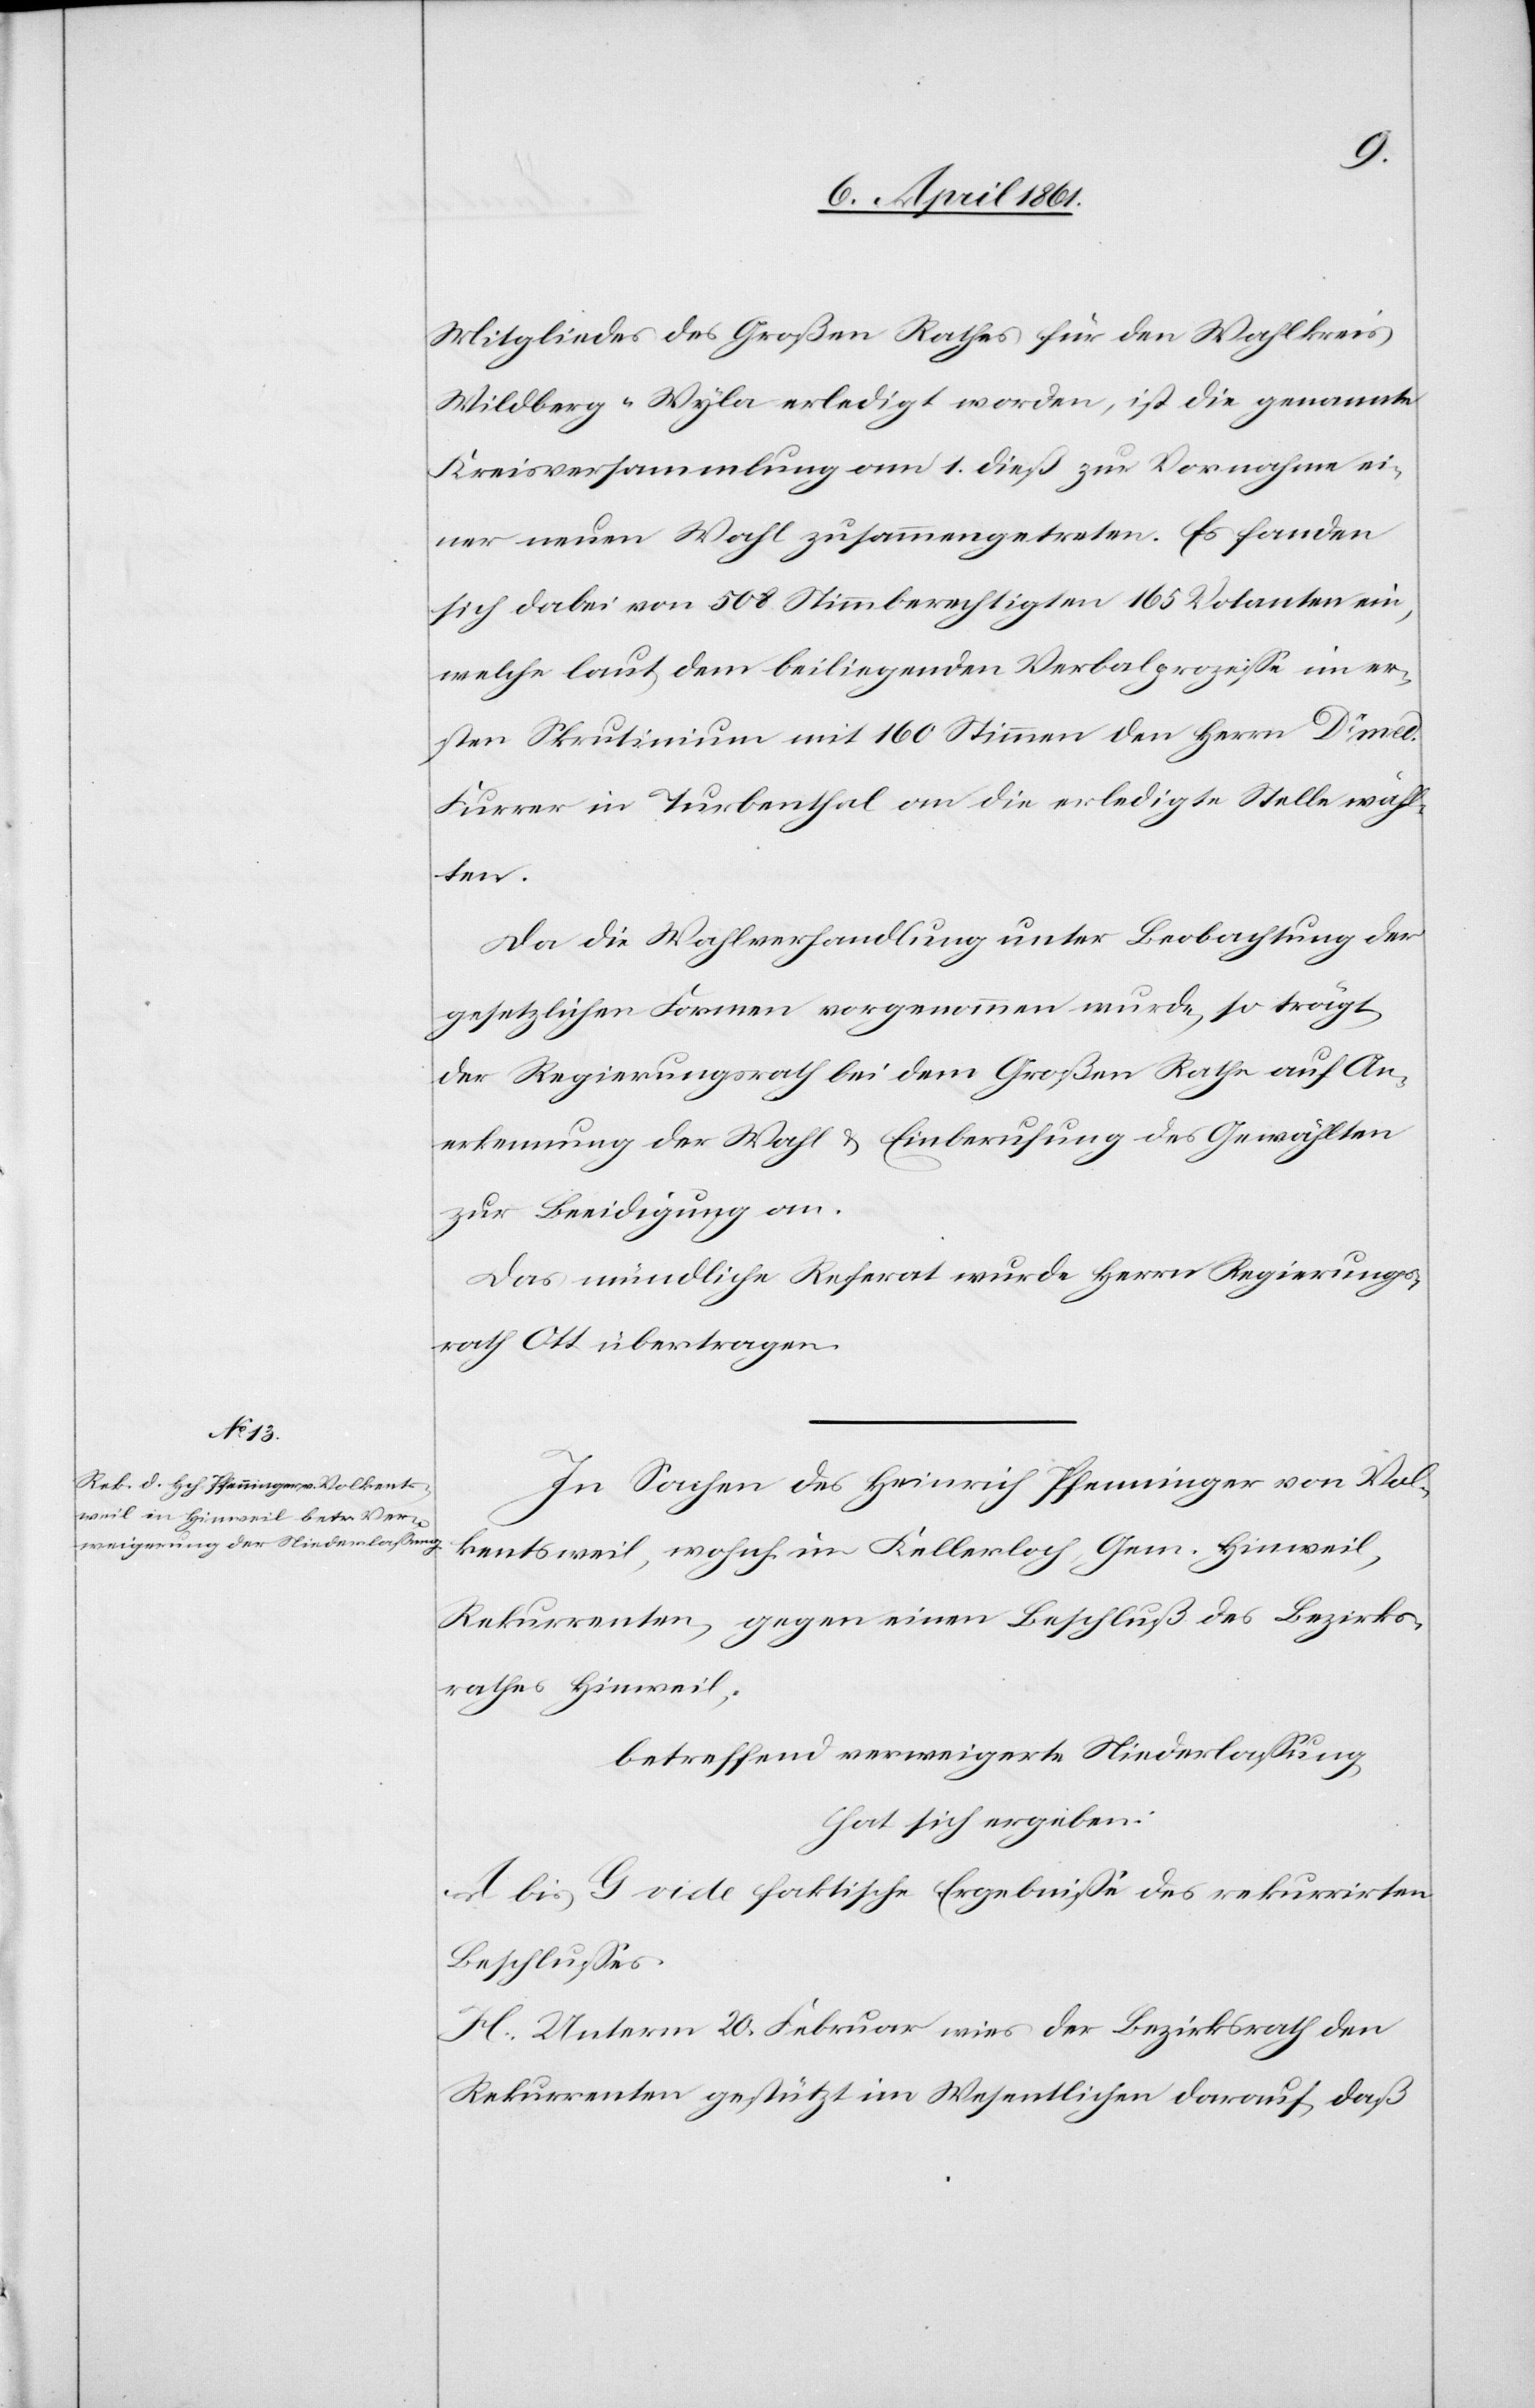
Mitgliedes des Großen Rathes für den Wahlkreis
Wildberg-Wyla erledigt worden, ist die genannte
Kreisversammlung am 1. dieß zur Vornahme ei¬
ner neuen Wahl zusammengetreten. Es fanden
sich dabei von 508 Stimmberechtigten 165 Votanten ein,
welche laut dem beiliegenden Verbalprozesse im er¬
sten Skrutinium mit 160 Stimmen den Herrn Dr. med.
Furrer in Turbenthal an die erledigte Stelle wähl¬
ten.
Da die Wahlverhandlung unter Beobachtung der
gesetzlichen Formen vorgenommen wurde, so trägt
der Regierungsrath bei dem Großen Rathe auf An¬
erkennung der Wahl u. Einberufung des Gewählten
zur Beeidigung an.
Das mündliche Referat wurde Herrn Regierungs¬
rath Ott übertragen.
In Sachen des Heinrich Pfenninger von Vol¬
kentsweil, wohnh. in Kellerloch, Gem. Hinweil,
Rekurrenten, gegen einen Beschluß des Bezirks¬
rathes Hinweil,
betreffend verweigerte Niederlassung
hat sich ergeben:
A. bis G vide faktische Ergebnisse des rekurrirten
Beschlusses
H. Unterm 20. Februar wies der Bezirksrath den
Rekurrenten gestützt im Wesentlichen darauf, daß